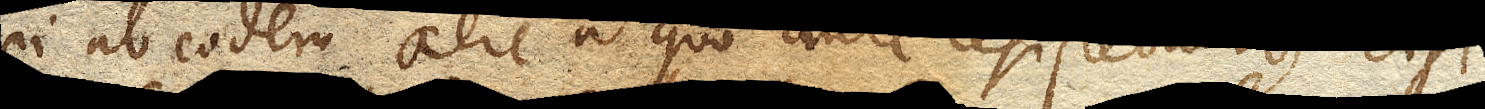
ei ab eodem aere a quo ante resistebatur, etsi